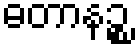
ဓတာနဉ္စ